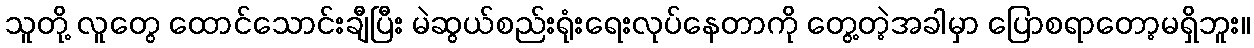
သူတို့ လူတွေ ထောင်သောင်းချီပြီး မဲဆွယ်စည်းရုံးရေးလုပ်နေတာကို တွေ့တဲ့အခါမှာ ပြောစရာတော့မရှိဘူး။